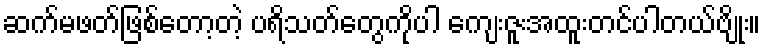
ဆက်မဖတ်ဖြစ်တော့တဲ့ ပရိသတ်တွေကိုပါ ကျေးဇူးအထူးတင်ပါတယ်ဗျိုး။